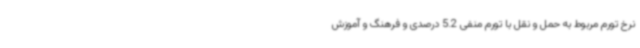
نرخ تورم مربوط به حمل و نقل با تورم منفی 5.2 درصدی و فرهنگ و آموزش